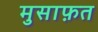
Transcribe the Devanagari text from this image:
मुसाफ़त